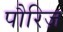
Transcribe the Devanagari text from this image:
पौरिज़